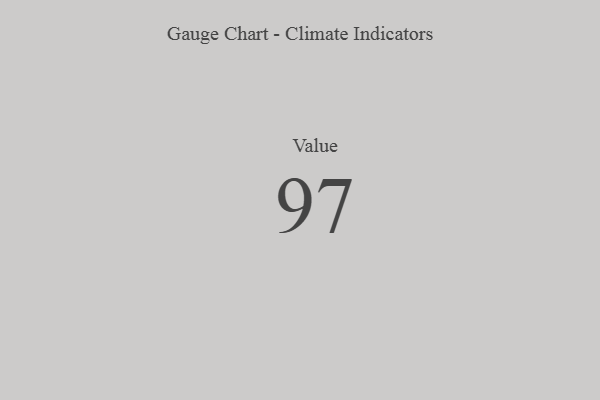
{"axis": {"x": "Metric", "y": "Value"}, "legend": [""], "data": [{"x": "Value", "y": 97, "type": ""}]}